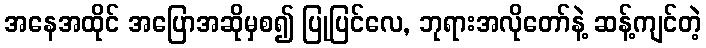
အနေအထိုင် အပြောအဆိုမှစ၍ ပြုပြင်လေ, ဘုရားအလိုတော်နဲ့ ဆန့်ကျင်တဲ့